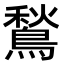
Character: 鶖